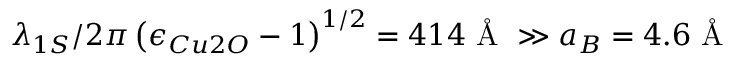
\lambda _ { 1 S } / 2 \pi \left( { \epsilon _ { C u 2 O } - 1 } \right) ^ { 1 / 2 } = 4 1 4 \mathrm { ~ \AA ~ } \gg a _ { B } = 4 . 6 \mathrm { ~ \AA ~ }